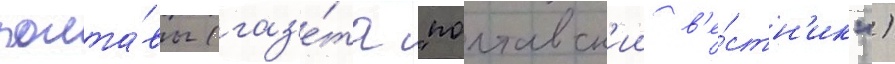
полта́вы (газ'е́та "полтавск'ии в'е́стн'ик")